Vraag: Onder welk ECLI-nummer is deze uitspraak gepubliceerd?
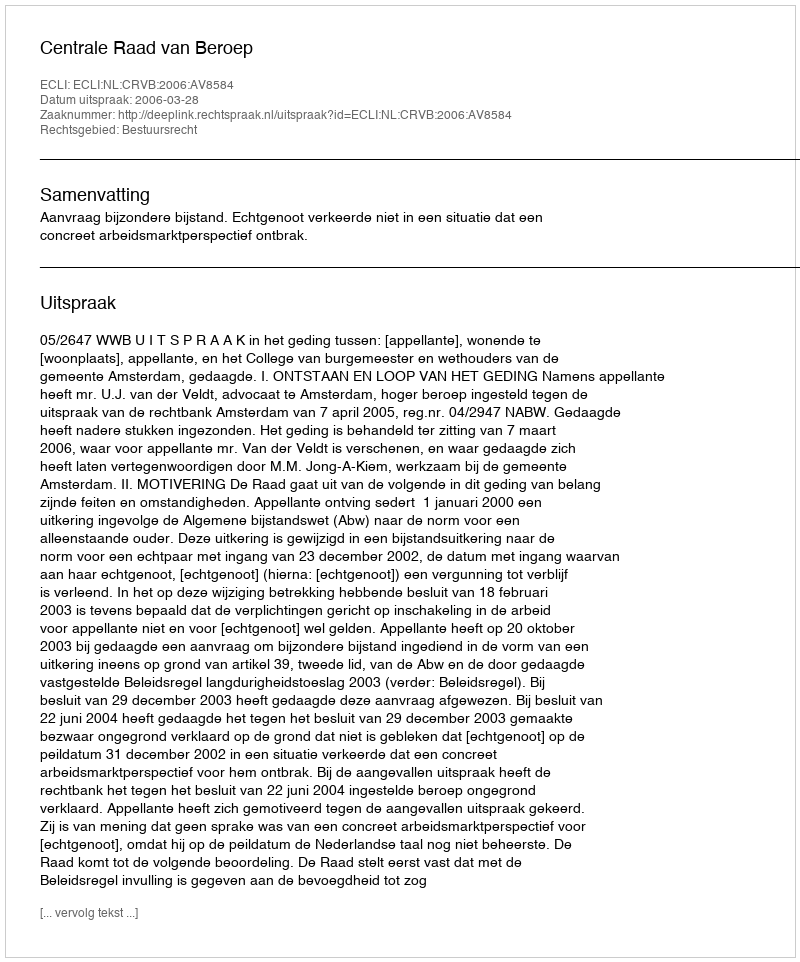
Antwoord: ECLI:NL:CRVB:2006:AV8584